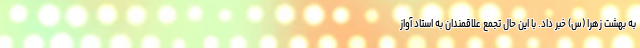
به بهشت زهرا (س) خبر داد. با این حال تجمع علاقمندان به استاد آواز